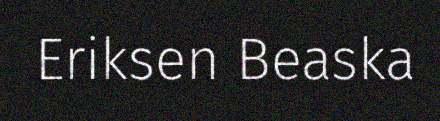
Eriksen Beaska